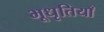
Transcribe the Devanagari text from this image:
भूधृतियाँ